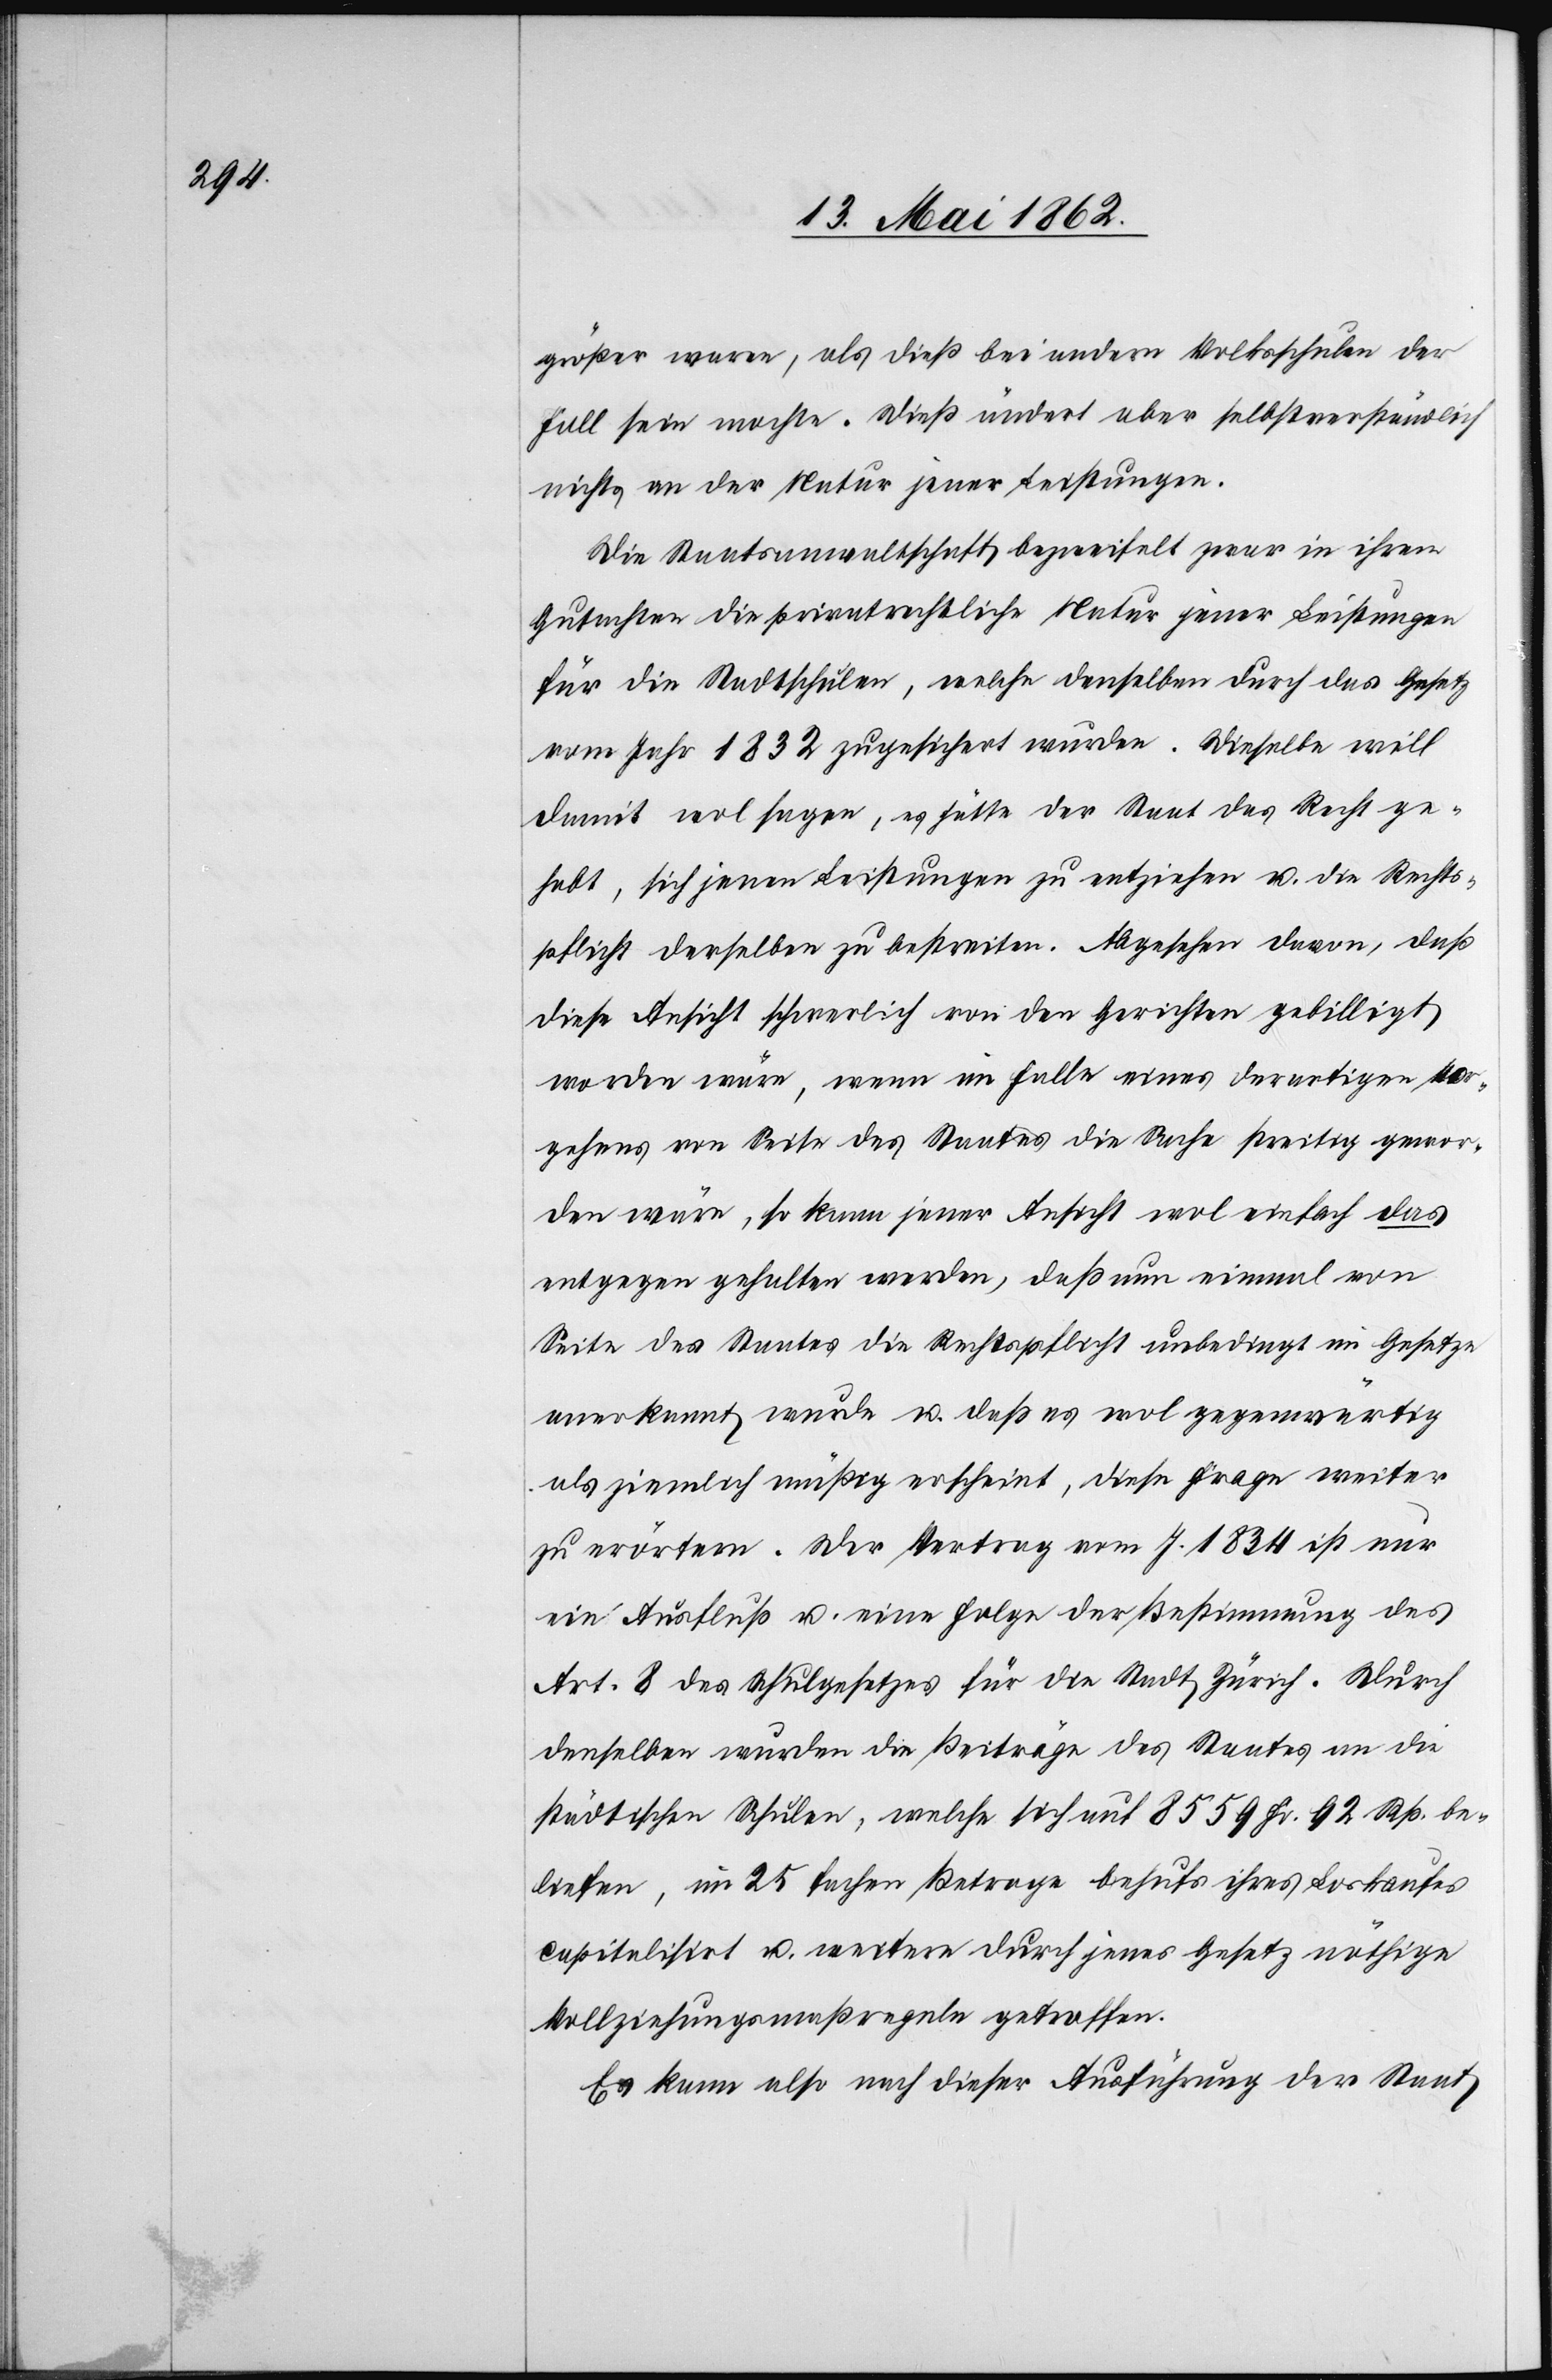
größer waren, als dieß bei andern Volksschulen der
Fall sein möchte. Dieß ändert aber selbstverständlich
nichts an der Natur jener Leistungen.
Die Staatsanwaltschaft bezweifelt zwar in ihren
Gutachten die privatrechtliche Natur jener Leistungen
für die Stadtschulen, welche denselben durch das Gesetz
vom Jahr 1832 zugesichert wurden. Dieselbe will
damit wol sagen, es hätte der Staat das Recht ge¬
habt, sich jenen Leistungen zu entziehen u. die Rechts¬
pflicht derselben zu bestreiten. Abgesehen davon, daß
diese Ansicht schwerlich von den Gerichten gebilligt
worden wäre, wenn im Falle eines derartigen Ver¬
gehens von Seite des Staates die Sache streitig gewor¬
den wäre, so kann jener Ansicht wol einfach das
entgegen gehalten werden, daß nun einmal von
Seite des Staates die Rechtspflicht unbedingt im Gesetze
anerkannt wurde u. daß es wol gegenwärtig
als ziemlich mäßig erscheint, diese Frage weiter
zu erörtern. Der Vertrag vom J. 1834 ist nur
ein Ausfluß u. eine Folge der Bestimmung des
Art. 8 des Schulgesetzes für die Stadt Zürich. Durch
denselben wurden die Beiträge des Staates an die
städtischen Schulen, welche sich auf 8559 Fr. 92 Rp. be¬
liefen, im 25 fachen Betrage behufs ihres Loskaufes
capitalisirt u. weitere durch jenes Gesetz nöthige
Vollziehungsregeln getroffen.
Es kann also nach dieser Ausführung der Staat